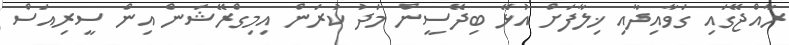
ރާއްޖޭގައި ގަވާއިދާއި ޚިލާފަށް އުޅޭ ބިދޭސީން މަދު ކުރަން އިމިގްރޭޝަން އިން ސީރިއަސް